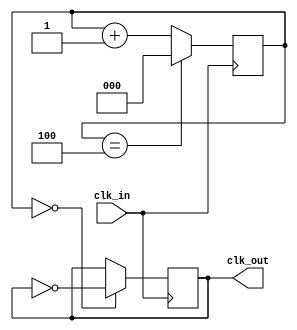
module frequency_synthesizer (
    input wire clk_in,
    output wire clk_out
);

// Timing control block
reg [2:0] counter = 3'b000;
always @(posedge clk_in)
begin
    if(counter == 3'b100)
        counter <= 3'b000;
    else
        counter <= counter + 1;
end

// Frequency synthesizer block
reg divider = 1'b0;
always @(posedge clk_in)
begin
    if(counter == 3'b000)
        divider <= ~divider;
end

// Output clock signal
assign clk_out = divider;

endmodule